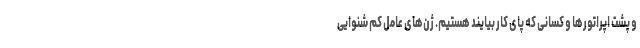
و پشت اپراتورها و کسانی که پای کار بیایند هستیم. ژن‌های عامل کم شنوایی